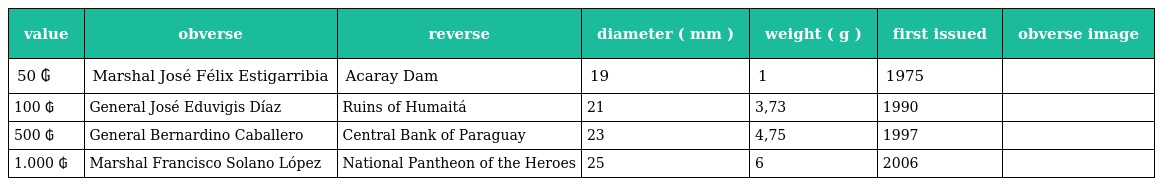
| value | obverse | reverse | diameter ( mm ) | weight ( g ) | first issued | obverse image |
 | --- | --- | --- | --- | --- | --- | --- |
 | 50 ₲ | Marshal José Félix Estigarribia | Acaray Dam | 19 | 1 | 1975 |  |
 | 100 ₲ | General José Eduvigis Díaz | Ruins of Humaitá | 21 | 3,73 | 1990 |  |
 | 500 ₲ | General Bernardino Caballero | Central Bank of Paraguay | 23 | 4,75 | 1997 |  |
 | 1.000 ₲ | Marshal Francisco Solano López | National Pantheon of the Heroes | 25 | 6 | 2006 |  |